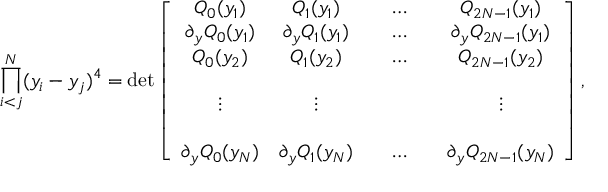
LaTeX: \prod _ { i < j } ^ { N } ( y _ { i } - y _ { j } ) ^ { 4 } = \operatorname * { d e t } \left[ \begin{array} { c c c c c c } { { Q _ { 0 } ( y _ { 1 } ) } } & { { Q _ { 1 } ( y _ { 1 } ) } } & { { } } & { { \ldots } } & { { } } & { { Q _ { 2 N - 1 } ( y _ { 1 } ) } } \\ { { \partial _ { y } Q _ { 0 } ( y _ { 1 } ) } } & { { \partial _ { y } Q _ { 1 } ( y _ { 1 } ) } } & { { } } & { { \ldots } } & { { } } & { { \partial _ { y } Q _ { 2 N - 1 } ( y _ { 1 } ) } } \\ { { Q _ { 0 } ( y _ { 2 } ) } } & { { Q _ { 1 } ( y _ { 2 } ) } } & { { } } & { { \ldots } } & { { } } & { { Q _ { 2 N - 1 } ( y _ { 2 } ) } } \\ { { } } & { { } } & { { } } & { { } } & { { } } & { { } } \\ { { \vdots } } & { { \vdots } } & { { } } & { { } } & { { } } & { { \vdots } } \\ { { } } & { { } } & { { } } & { { } } & { { } } & { { } } \\ { { \partial _ { y } Q _ { 0 } ( y _ { N } ) } } & { { \partial _ { y } Q _ { 1 } ( y _ { N } ) } } & { { } } & { { \ldots } } & { { } } & { { \partial _ { y } Q _ { 2 N - 1 } ( y _ { N } ) } } \end{array} \right] ,